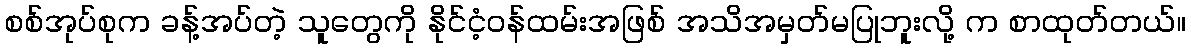
စစ်အုပ်စုက ခန့်အပ်တဲ့ သူတွေကို နိုင်ငံ့ဝန်ထမ်းအဖြစ် အသိအမှတ်မပြုဘူးလို့ က စာထုတ်တယ်။